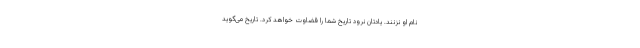
نام او نزنند. یادتان نرود تاریخ شما را قضاوت خواهد کرد. تاریخ می‌گوید